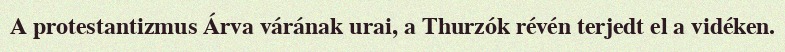
A protestantizmus Árva várának urai, a Thurzók révén terjedt el a vidéken.